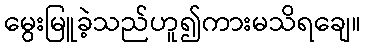
မွေးမြူခဲ့သည်ဟူ၍ကားမသိရချေ။